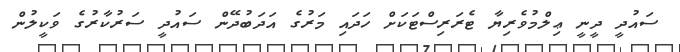
ސައުދީ ދީނީ ޢިލްމުވެރިޔާ ޓެރަރިސްޓަކަށް ހަދައި މަރުގެ އަދަބުދޭން ސައުދީ ސަރުކާރުގެ ވަކީލުން